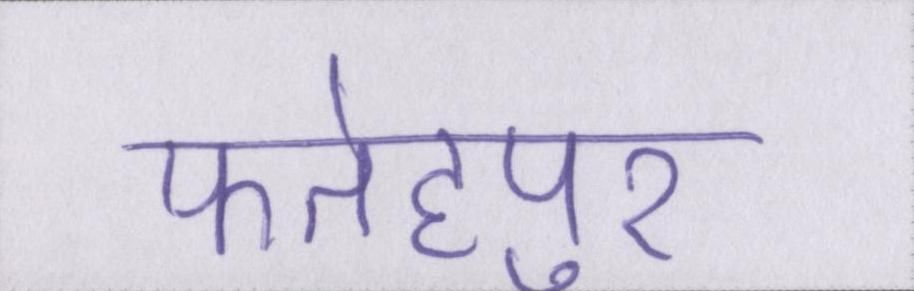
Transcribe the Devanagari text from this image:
फतेहपुर